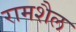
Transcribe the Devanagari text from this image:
रामशैल